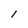
Character: l